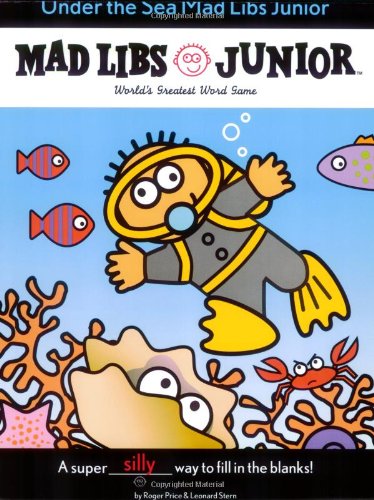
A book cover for Under the Sea Mad Libs Junior; Jennifer Frantz; Children's Books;